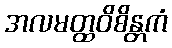
အလမတ္ထဝိစိန္တကံ